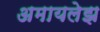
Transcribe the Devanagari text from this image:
अमायलेझ